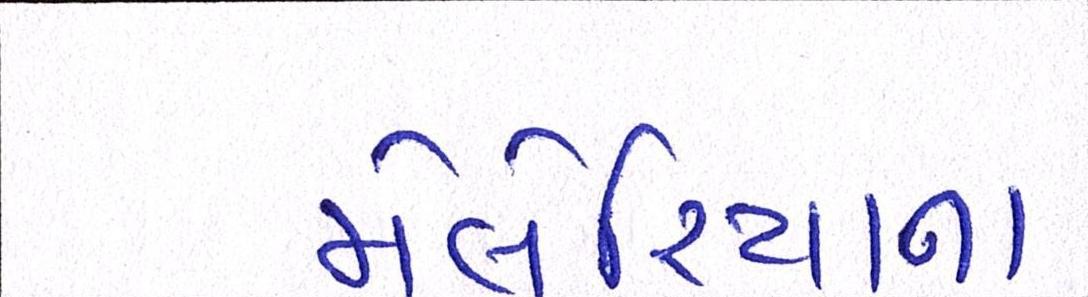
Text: મેલેરિયાના